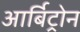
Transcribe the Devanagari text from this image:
आर्बिट्रोन